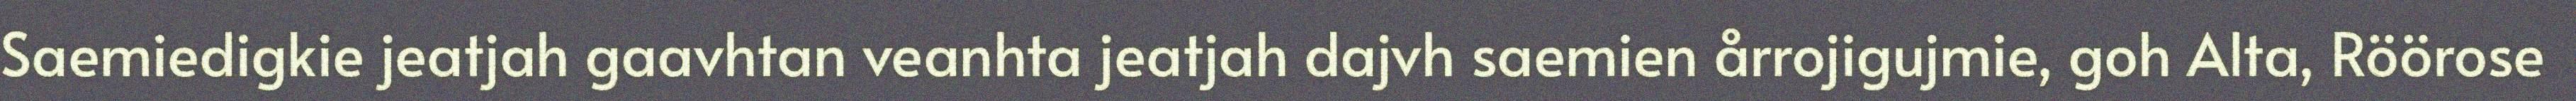
Saemiedigkie jeatjah gaavhtan veanhta jeatjah dajvh saemien årrojigujmie, goh Alta, Röörose